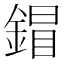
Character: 𨩩